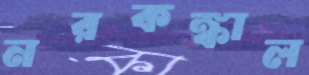
নরকঙ্কাল